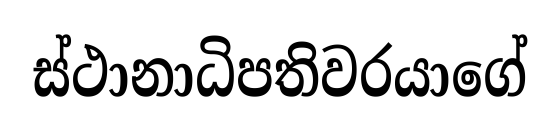
ස්ථානාධිපතිවරයාගේ